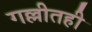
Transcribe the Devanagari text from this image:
गल्लीतही